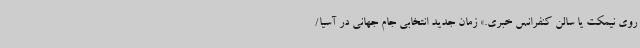
روی نیمکت یا سالن کنفرانس خبری.» زمان جدید انتخابی جام جهانی در آسیا/